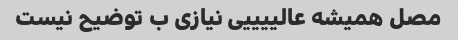
مصل همیشه عالییییی نیازی ب توضیح نیست